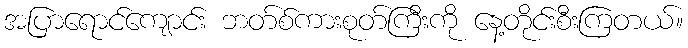
အပြာရောင်ကျောင်း ဘတ်စ်ကားစုတ်ကြီးကို နေ့တိုင်းစီးကြတယ်။